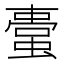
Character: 𧏋